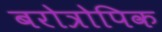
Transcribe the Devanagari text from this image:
बरोत्रोपिक